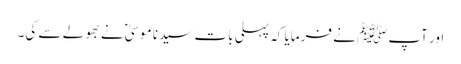
اور آپﷺ نے فرمایا کہ پہلی بات سیدنا موسیٰؑ نے بھولے سے کی۔